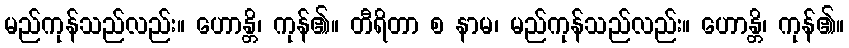
မည်ကုန်သည်လည်း။ ဟောန္တိ၊ ကုန်၏။ တီရိတာ စ နာမ၊ မည်ကုန်သည်လည်း။ ဟောန္တိ၊ ကုန်၏။